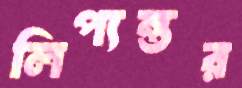
লিপ্যন্তর